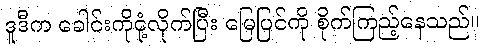
ဒူဒီက ခေါင်းကိုငုံ့လိုက်ပြီး မြေပြင်ကို စိုက်ကြည့်နေသည်။